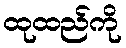
ထုထည်ကို